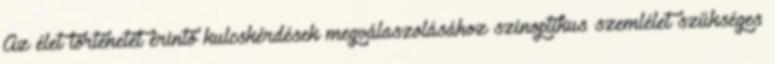
Az élet történetét érintő kulcskérdések megválaszolásához szinoptikus szemlélet szükséges